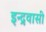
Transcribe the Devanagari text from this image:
इन्द्रवासी